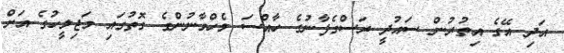
އަދި އޭގެ އިތުރުން ސައުދީ ރަސްގެފާނުގެ ހާއްސަ މެހްމާނުންގެ ގޮތުގައި މަޖިލީހުގެ އަށް